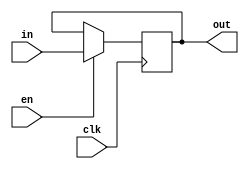
module vDFFE(clk, en, in, out) ;
  parameter n = 16;  // width
  input clk, en ;
  input  [n-1:0] in ;
  output [n-1:0] out ;
  reg    [n-1:0] out ;
  wire   [n-1:0] next_out ;

  assign next_out = en ? in : out;

  always @(posedge clk)
    out = next_out;  
endmodule